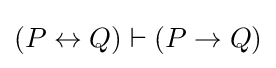
(P\leftrightarrow Q)\vdash (P\to Q)